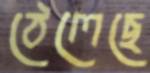
ঠেলেছে